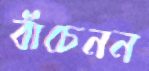
বাঁচেনন